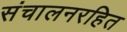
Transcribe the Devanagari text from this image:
संचालनरहित